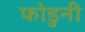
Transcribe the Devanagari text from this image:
फोडुनी